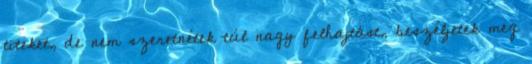
titeket, de nem szeretnétek túl nagy felhajtást, beszéljetek meg